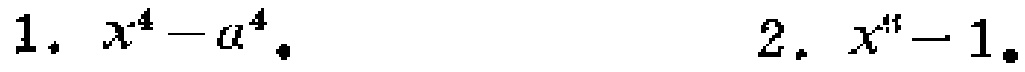
1. \(x^{4}-a^{4}\)
2. \(x^{4}-1\)